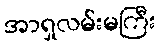
အာရှလမ်းမကြီး